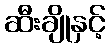
ဆီးချိုနှင့်